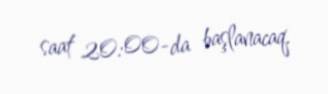
saat 20:00-da başlanacaq.